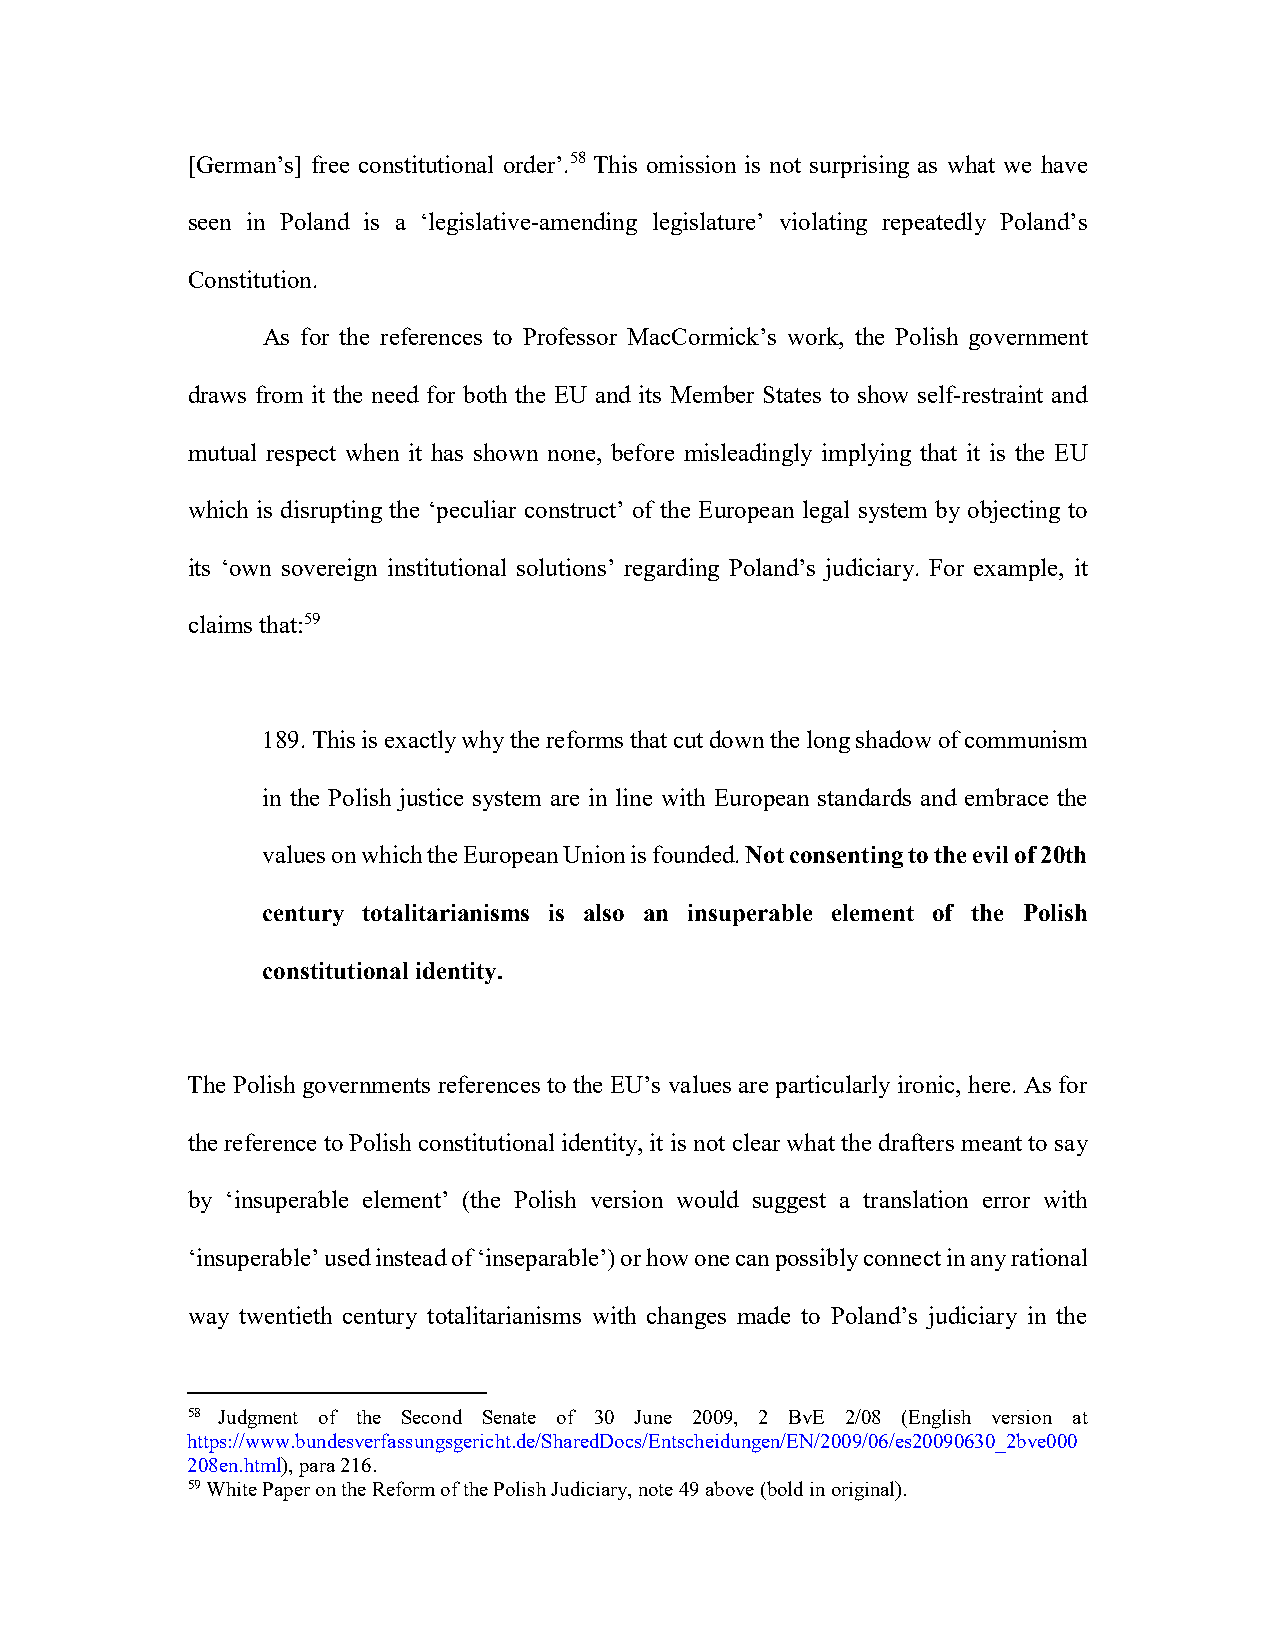
[German’s] free constitutional order’.58 This omission is not surprising as what we have
 seen in Poland is a ‘legislative-amending legislature’ violating repeatedly Poland’s
 Constitution.
 As for the references to Professor MacCormick’s work, the Polish government
 draws from it the need for both the EU and its Member States to show self-restraint and
 mutual respect when it has shown none, before misleadingly implying that it is the EU
 which is disrupting the ‘peculiar construct’ of the European legal system by objecting to
 its ‘own sovereign institutional solutions’ regarding Poland’s judiciary. For example, it
 claims that:59
 189. This is exactly why the reforms that cut down the long shadow of communism
 in the Polish justice system are in line with European standards and embrace the
 values on which the European Union is founded. Not consenting to the evil of 20th
 century totalitarianisms is also an insuperable element of the Polish
 constitutional identity.
 The Polish governments references to the EU’s values are particularly ironic, here. As for
 the reference to Polish constitutional identity, it is not clear what the drafters meant to say
 by ‘insuperable element’ (the Polish version would suggest a translation error with
 ‘insuperable’ used instead of ‘inseparable’) or how one can possibly connect in any rational
 way twentieth century totalitarianisms with changes made to Poland’s judiciary in the
 58 Judgment of the Second Senate of 30 June 2009, 2 BvE 2/08 (English version at
 https://www.bundesverfassungsgericht.de/SharedDocs/Entscheidungen/EN/2009/06/es20090630_2bve000
 208en.html), para 216.
 59 White Paper on the Reform of the Polish Judiciary, note 49 above (bold in original).